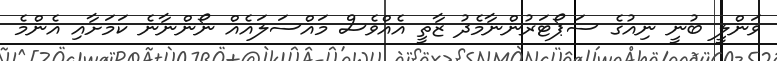
ވަންލީ ބުނީ ނިއުގެ ސަޕޯޓަރުންނާމެދު ޒާތީ އެއްވެސް މައްސަލައެއް ނޯންނާނެ ކަމަށާއި އެންމެ